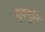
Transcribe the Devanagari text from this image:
शुकमुनि